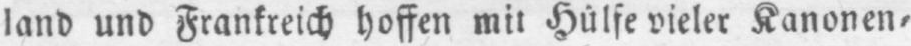
land und Frankreich hoffen mit Hülfe vieler Kanonen⸗